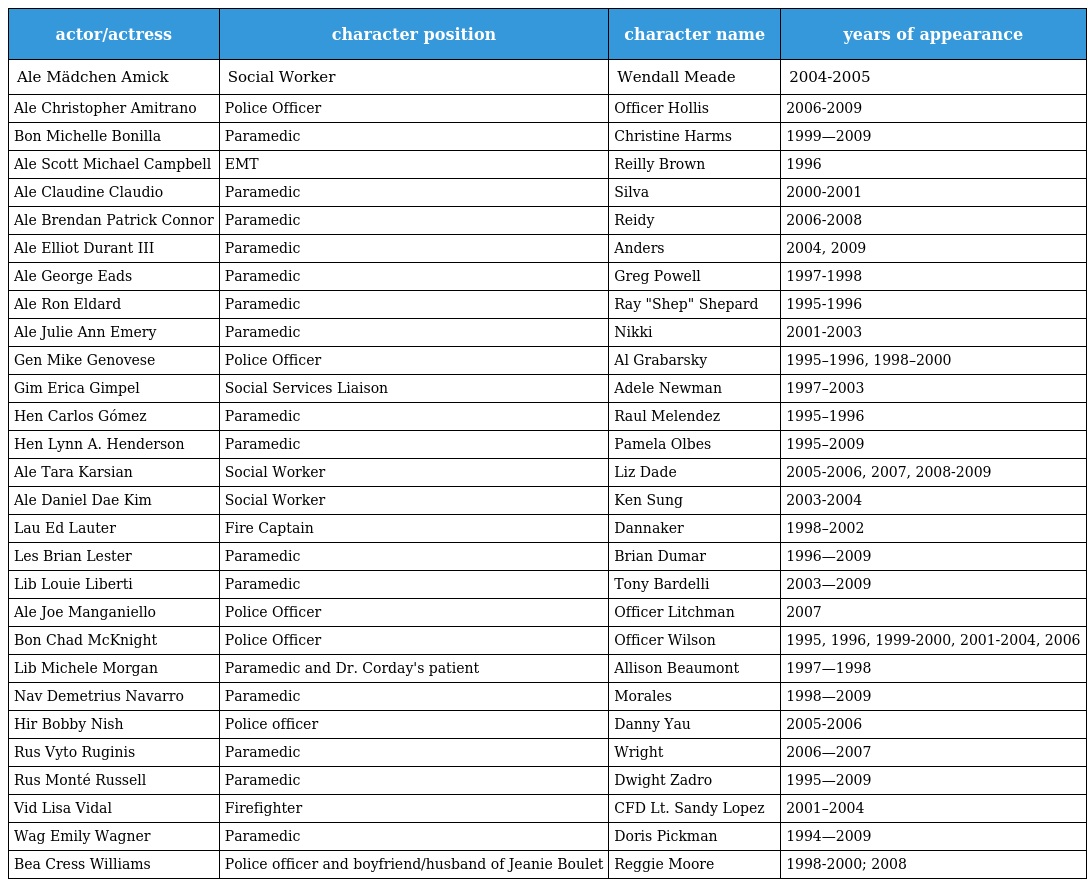
| actor/actress | character position | character name | years of appearance |
 | --- | --- | --- | --- |
 | Ale Mädchen Amick | Social Worker | Wendall Meade | 2004-2005 |
 | Ale Christopher Amitrano | Police Officer | Officer Hollis | 2006-2009 |
 | Bon Michelle Bonilla | Paramedic | Christine Harms | 1999—2009 |
 | Ale Scott Michael Campbell | EMT | Reilly Brown | 1996 |
 | Ale Claudine Claudio | Paramedic | Silva | 2000-2001 |
 | Ale Brendan Patrick Connor | Paramedic | Reidy | 2006-2008 |
 | Ale Elliot Durant III | Paramedic | Anders | 2004, 2009 |
 | Ale George Eads | Paramedic | Greg Powell | 1997-1998 |
 | Ale Ron Eldard | Paramedic | Ray "Shep" Shepard | 1995-1996 |
 | Ale Julie Ann Emery | Paramedic | Nikki | 2001-2003 |
 | Gen Mike Genovese | Police Officer | Al Grabarsky | 1995–1996, 1998–2000 |
 | Gim Erica Gimpel | Social Services Liaison | Adele Newman | 1997–2003 |
 | Hen Carlos Gómez | Paramedic | Raul Melendez | 1995–1996 |
 | Hen Lynn A. Henderson | Paramedic | Pamela Olbes | 1995–2009 |
 | Ale Tara Karsian | Social Worker | Liz Dade | 2005-2006, 2007, 2008-2009 |
 | Ale Daniel Dae Kim | Social Worker | Ken Sung | 2003-2004 |
 | Lau Ed Lauter | Fire Captain | Dannaker | 1998–2002 |
 | Les Brian Lester | Paramedic | Brian Dumar | 1996—2009 |
 | Lib Louie Liberti | Paramedic | Tony Bardelli | 2003—2009 |
 | Ale Joe Manganiello | Police Officer | Officer Litchman | 2007 |
 | Bon Chad McKnight | Police Officer | Officer Wilson | 1995, 1996, 1999-2000, 2001-2004, 2006 |
 | Lib Michele Morgan | Paramedic and Dr. Corday's patient | Allison Beaumont | 1997—1998 |
 | Nav Demetrius Navarro | Paramedic | Morales | 1998—2009 |
 | Hir Bobby Nish | Police officer | Danny Yau | 2005-2006 |
 | Rus Vyto Ruginis | Paramedic | Wright | 2006—2007 |
 | Rus Monté Russell | Paramedic | Dwight Zadro | 1995—2009 |
 | Vid Lisa Vidal | Firefighter | CFD Lt. Sandy Lopez | 2001–2004 |
 | Wag Emily Wagner | Paramedic | Doris Pickman | 1994—2009 |
 | Bea Cress Williams | Police officer and boyfriend/husband of Jeanie Boulet | Reggie Moore | 1998-2000; 2008 |